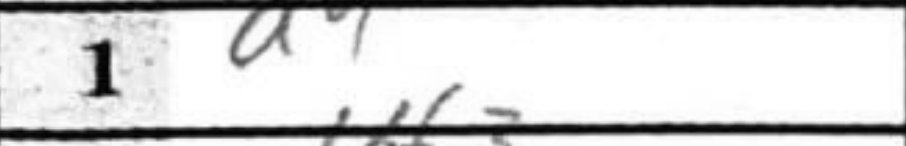
Transcription: d4